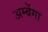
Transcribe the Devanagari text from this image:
अम्बेंगा